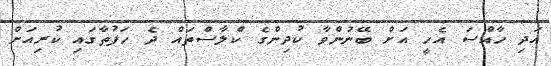
އަދި ހާއްސަ އެހީ އަށް ބޭނުންވާ ކުދިންގެ ކްލާސްތައް ދެ ހަފުތާގައި ކުރިއަށް